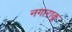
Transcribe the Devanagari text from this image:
नगाराकू